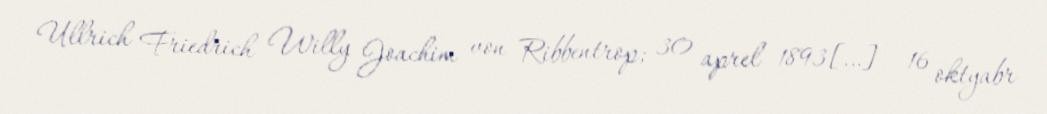
Ullrich Friedrich Willy Joachim von Ribbentrop; 30 aprel 1893[…] – 16 oktyabr